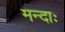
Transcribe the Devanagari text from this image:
मन्दाः